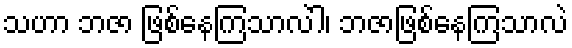
သဟာ ဘဇာ ဖြစ်နေကြသာလဲါ၊ ဘဇာဖြစ်နေကြသာလဲ